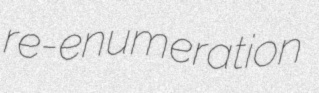
re-enumeration